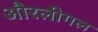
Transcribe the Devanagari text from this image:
औरलीगल